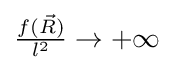
\textstyle {\frac {f({\vec {R}})}{l^{2}}}\rightarrow +\infty